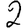
Digit: 2